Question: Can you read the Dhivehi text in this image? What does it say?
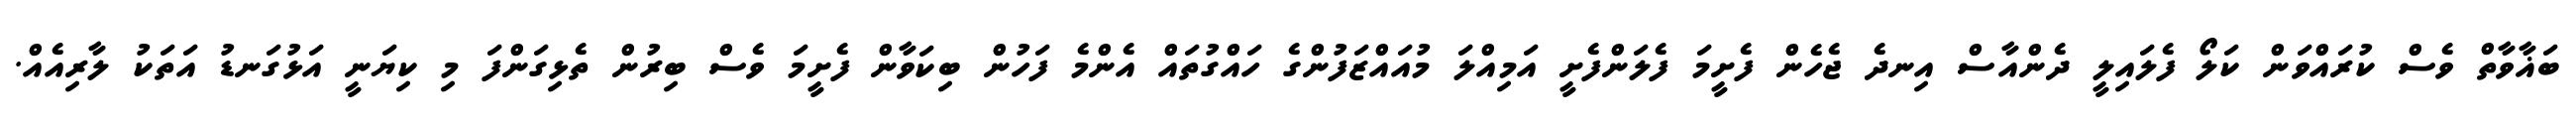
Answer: ބަޣާވާތް ވެސް ކުރައްވަން ކަލޯ ފެލައިލީ ދެންއާސް އިނދެ ޖެހެން ފެށީމަ ފެލަންފެށީ އަމިއްލަ މުއައްޒަފުންގެ ހައްގުތައް އެންމެ ފަހުން ބިކަވާން ފެށީމަ ވެސް ބިރުން ތެޅިގަންފަ މި ކިޔަނީ އަޅުގަނޑު އަތަކު ލާރިއެއް.